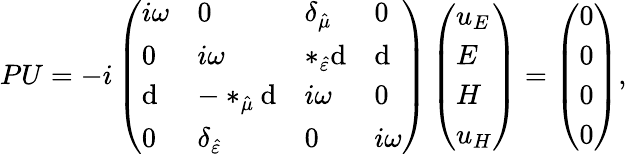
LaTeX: PU=-i\left(\begin{array}{llll}{i\omega}&{0}&{\delta_{\hat{\mu}}}&{0}\\ {0}&{i\omega}&{\ast_{\hat{\varepsilon}}\mathrm{d}}&{\mathrm{d}}\\ {\mathrm{d}}&{-\ast_{\hat{\mu}}\mathrm{d}}&{i\omega}&{0}\\ {0}&{\delta_{\hat{\varepsilon}}}&{0}&{i\omega}\end{array}\right)\left(\begin{array}{l}{u_{E}}\\ {E}\\ {H}\\ {u_{H}}\end{array}\right)=\left(\begin{array}{l}{0}\\ {0}\\ {0}\\ {0}\end{array}\right),